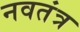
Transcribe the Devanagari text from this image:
नवतंत्र